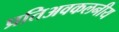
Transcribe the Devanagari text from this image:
प्रतिअवकलनीय